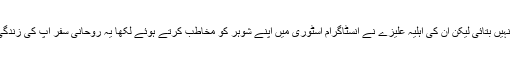
فیروز خان نے تو انسٹاگرام اکاؤنٹ بند کرنے کی کوئی وجہ نہیں بتائی لیکن ان کی اہلیہ علیزے نے انسٹاگرام اسٹوری میں اپنے شوہر کو مخاطب کرتے ہوئے لکھا یہ روحانی سفر آپ کی زندگی میں مزید اعتماد لائے اور آپ اپنے مقصد میں کامیاب ہوں۔